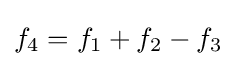
f_{4}=f_{1}+f_{2}-f_{3}